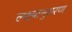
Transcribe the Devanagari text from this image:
लक्ष्यानुसरण